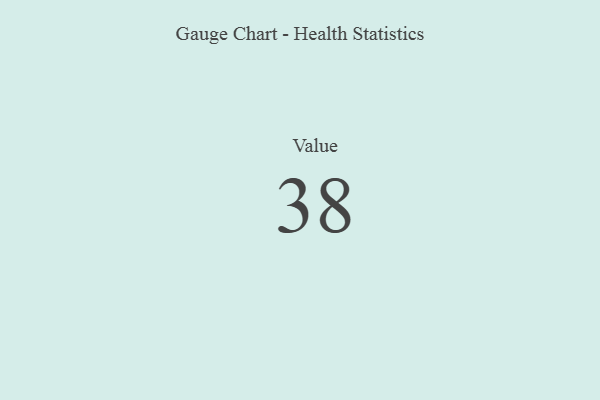
{"axis": {"x": "Metric", "y": "Value"}, "legend": [""], "data": [{"x": "Value", "y": 38, "type": ""}]}